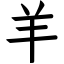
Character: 羊